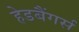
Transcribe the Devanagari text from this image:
हेडबैंगर्स